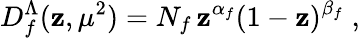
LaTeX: D_{f}^{\Lambda}(\mathbf{z},\mu^{2})=N_{f}\, \mathbf{z}^{\alpha_{f}}(1-\mathbf{z})^{\beta_{f}}\; ,